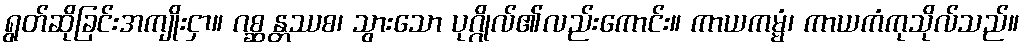
ရွတ်ဆိုခြင်းအကျိုးငှာ။ ဂစ္ဆန္တဿစ၊ သွားသော ပုဂ္ဂိုလ်၏လည်းကောင်း။ ကာယကမ္မံ၊ ကာယကံကုသိုလ်သည်။